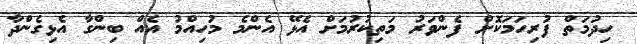
ހިދުމަތް ފުރިހަމަކޮށް ފެންވަރު މަތިކުރުމަށް އެޅޭ އެންމެ މުހިއްމު އެއް ބިންގާ އެޅިގެންދާ